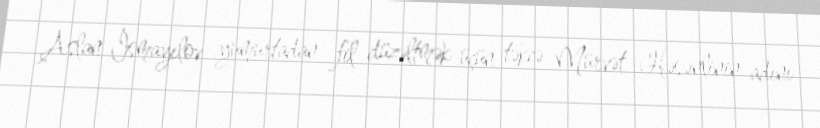
Aslan İsmayılov yumurtadan fil düzəltmək üçün təkcə Mürvət Həsənlinin adını